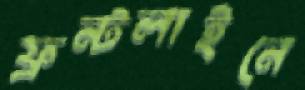
ফ্রন্টলাইনে